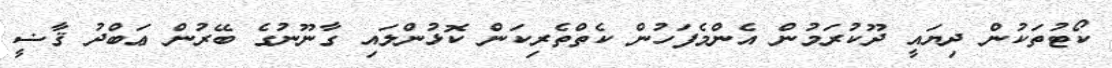
ކޯޓުތަކުން ދިޔައީ ދޫކުރަމުން އެންމެފަހުން ކެތްތެރިކަން ކޮޅުންލައި ގާނޫނުގެ ބޭރުން ޢަބްދު ޤާޟީ